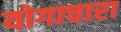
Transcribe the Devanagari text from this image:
योगाचारा